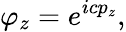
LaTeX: \varphi_{z}=e^{icp_{z}},